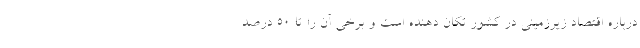
درباره اقتصاد زیرزمینی در کشور تکان دهنده است و برخی آن را تا 50 درصد